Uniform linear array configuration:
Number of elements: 4
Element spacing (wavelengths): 0.25
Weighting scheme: hamming
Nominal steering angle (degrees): -15
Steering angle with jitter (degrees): -14.35
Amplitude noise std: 0.05
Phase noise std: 0.05

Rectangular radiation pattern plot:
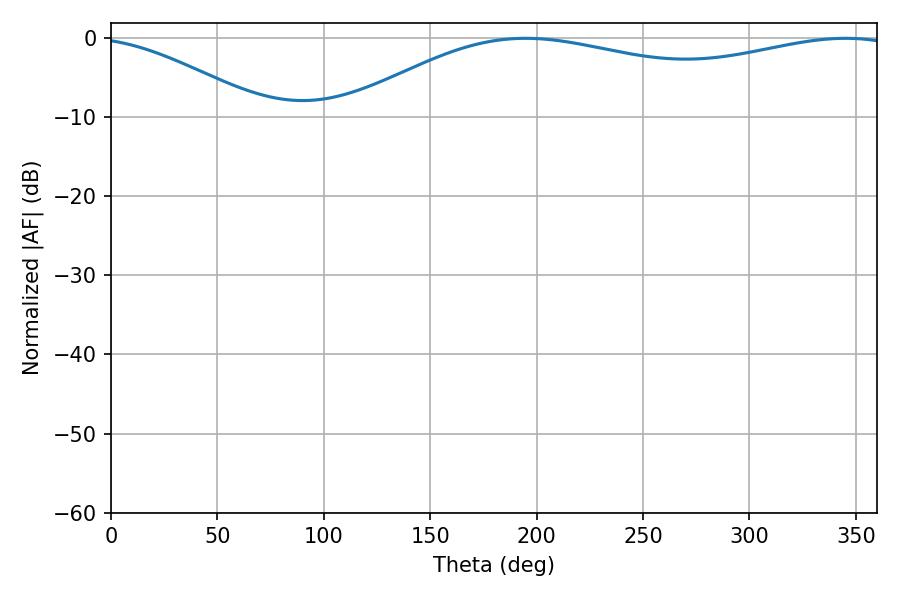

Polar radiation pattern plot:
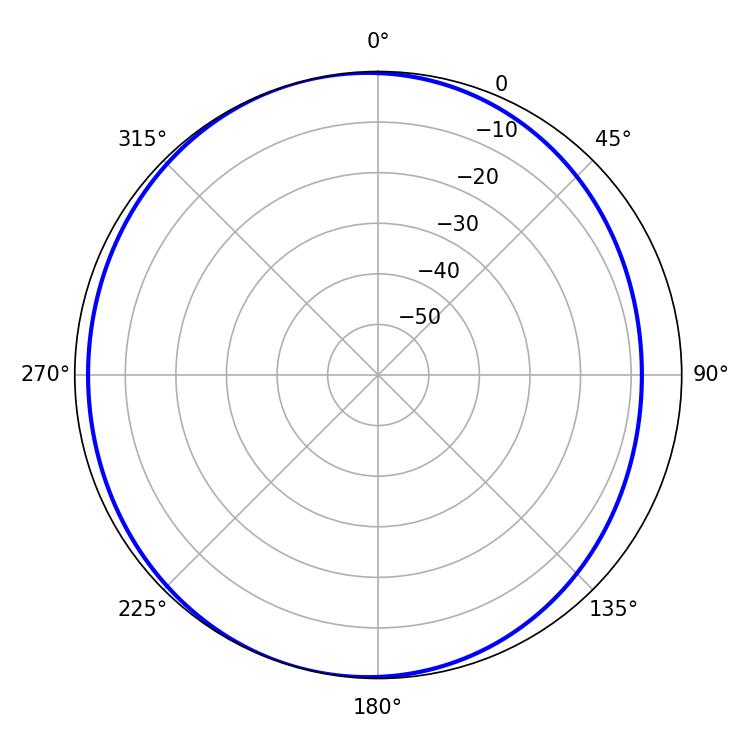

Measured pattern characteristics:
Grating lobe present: FALSE
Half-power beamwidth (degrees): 212.22
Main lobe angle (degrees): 194.76